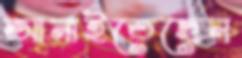
আনাইতেছেন